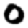
Digit: 0